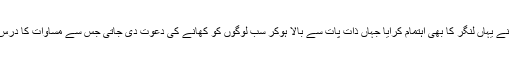
انہوں نے یہاں لنگر کا بھی اہتمام کرایا جہاں ذات پات سے بالا ہوکر سب لوگوں کو کھانے کی دعوت دی جاتی جس سے مساوات کا درس ملتا۔